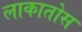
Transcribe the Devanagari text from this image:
लाकातोस